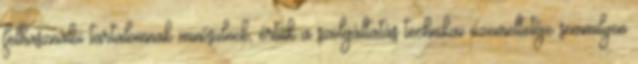
felhasználói tartalomnak minősülnek, értük a szolgáltatás technikai üzemeltetője semmilyen